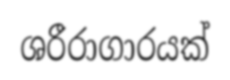
ශරීරාගාරයක්